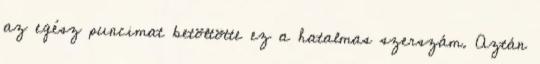
az egész puncimat betöltötte ez a hatalmas szerszám. Aztán